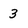
Character: 3